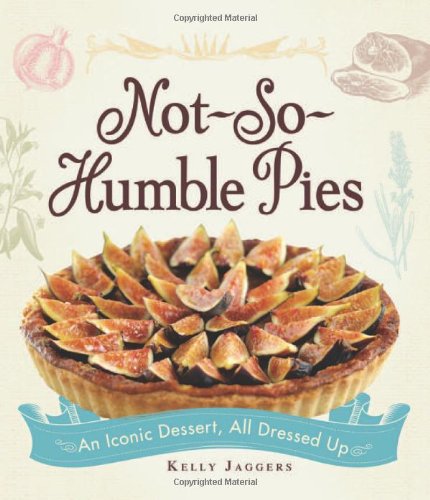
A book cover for Not-So-Humble Pies: An iconic dessert, all dressed up; Kelly Jaggers; Cookbooks, Food & Wine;